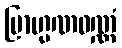
ဗြာဟ္မဏဝဏ္ဏံ